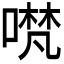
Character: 𭊃